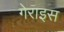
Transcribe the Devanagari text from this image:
गेराइस